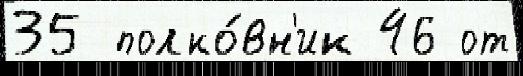
35 полко́вн'ик 46 от